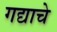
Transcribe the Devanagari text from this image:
गद्याचे